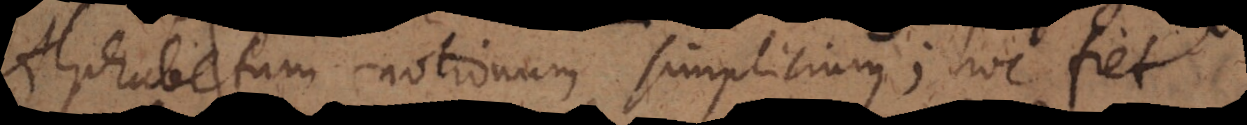
Alphabetum notionum simplicium; hoc fiet